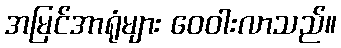
အမြင်အာရုံများ ဝေဝါးလာသည်။